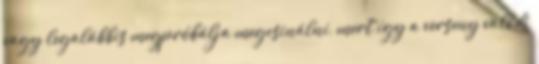
vagy legalábbis megpróbálja megcsinálni, mert így a verseny valódi